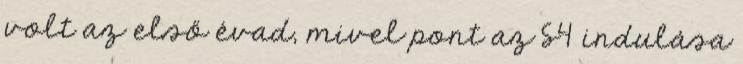
volt az első évad, mivel pont az S4 indulása